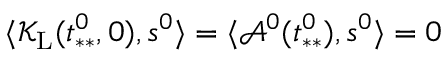
\langle \mathcal { K } _ { \mathrm { L } } ( t _ { * * } ^ { 0 } , 0 ) , s ^ { 0 } \rangle = \langle \mathcal { A } ^ { 0 } ( t _ { * * } ^ { 0 } ) , s ^ { 0 } \rangle = 0